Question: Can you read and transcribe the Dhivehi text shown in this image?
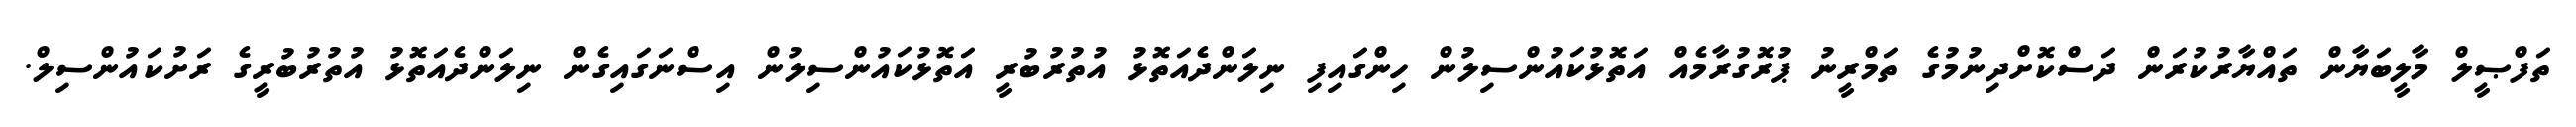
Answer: ތަފްޞީލް މާލީބަޔާން ތައްޔާރުކުރަން ދަސްކޮށްދިނުމުގެ ތަމްރީނު ޕުރޮގުރާމެއް އަތޮޅުކައުންސިލުން ހިންގައިފި ނިލަންދެއަތޮޅު އުތުރުބުރީ އަތޮޅުކައުންސިލުން އިސްނަގައިގެން ނިލަންދެއަތޮޅު އުތުރުބުރީގެ ރަށުކައުންސިލް.